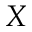
\boldsymbol { X }